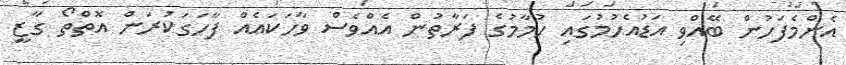
އެންމެފަހުން ބޭއްވި އަޑުއެހުމުގައި ހުމާމުގެ ފަރާތުން އެއްވެސް ވާހަކައެއް ފާހަގަކުރަން އޮތްތޯ ގާޒީ